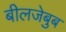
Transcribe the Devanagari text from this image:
बीलजेबुब